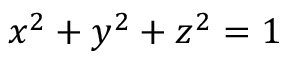
x ^ { 2 } + y ^ { 2 } + z ^ { 2 } = 1